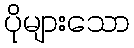
ပိုများသော